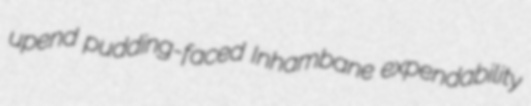
upend pudding-faced Inhambane expendability